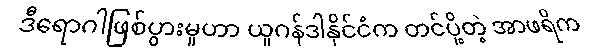
ဒီရောဂါဖြစ်ပွားမှုဟာ ယူဂန်ဒါနိုင်ငံက တင်ပို့တဲ့ အာဖရိက